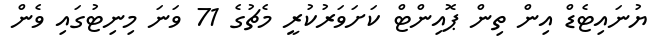
ޔުނައިޓެޑް އިން ތިން ޕޮއިންޓް ކަށަވަރުކުރީ މެޗުގެ 71 ވަނަ މިނިޓުގައި ވެން